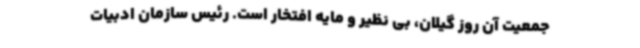
جمعیت آن روز گیلان، بی نظیر و مایه افتخار است. رئیس سازمان ادبیات